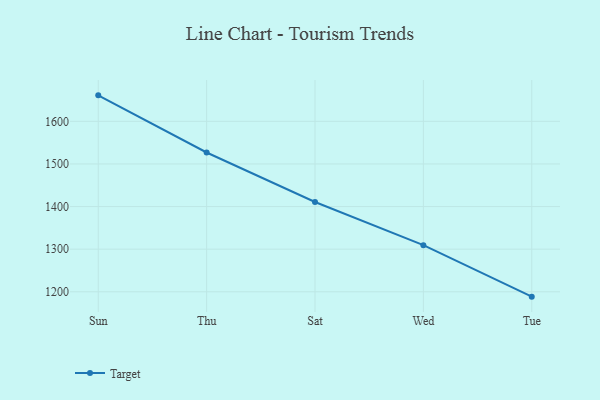
{"axis": {"x": "Day", "y": "Waste Production (Tons)"}, "legend": ["Target"], "data": [{"x": "Sun", "y": 1661.0, "type": "Target"}, {"x": "Thu", "y": 1526.9, "type": "Target"}, {"x": "Sat", "y": 1410.7, "type": "Target"}, {"x": "Wed", "y": 1309.4, "type": "Target"}, {"x": "Tue", "y": 1188.6, "type": "Target"}]}